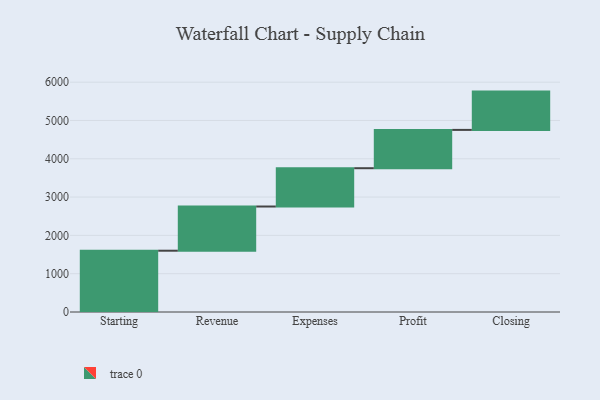
{"axis": {"x": "Step", "y": "Value"}, "legend": [""], "data": [{"x": "Starting", "y": 1600.0, "type": ""}, {"x": "Revenue", "y": 1154.0, "type": ""}, {"x": "Expenses", "y": 1000, "type": ""}, {"x": "Profit", "y": 1000, "type": ""}, {"x": "Closing", "y": 1000, "type": ""}]}